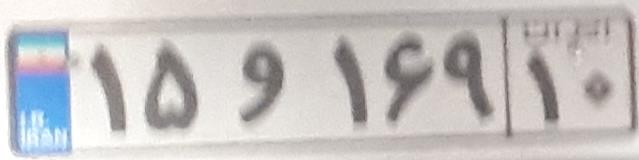
۱۵و۱۶۹۱۰